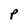
Character: p